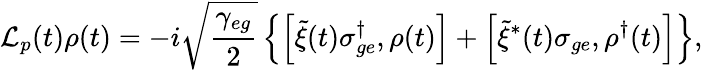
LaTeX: \mathcal{L}_{p}(t)\rho(t)=-i\sqrt{\frac{\gamma_{eg}}{2}}\left\{ \left[\tilde{\xi}(t)\sigma_{ge}^{\dagger},\rho(t)\right]+\left[\tilde{\xi}^{*}(t)\sigma_{ge},\rho^{\dagger}(t)\right]\right\} ,